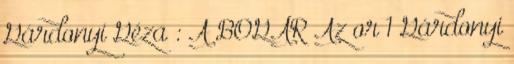
Gárdonyi Géza : A BOGÁR Az or 1 Gárdonyi